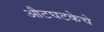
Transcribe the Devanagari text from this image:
औटघटकेचे